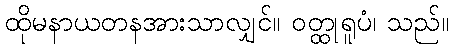
ထိုမနာယတနအားသာလျှင်။ ဝတ္ထုရူပံ၊ သည်။